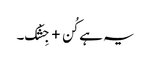
یہ ہے کُن + جِشْک۔